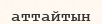
аттайтын